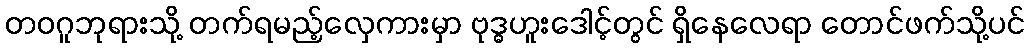
တဝဂူဘုရားသို့ တက်ရမည့်လှေကားမှာ ဗုဒ္ဓဟူးဒေါင့်တွင် ရှိနေလေရာ တောင်ဖက်သို့ပင်